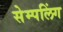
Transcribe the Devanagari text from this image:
सेम्पलिंग